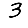
Digit: 3